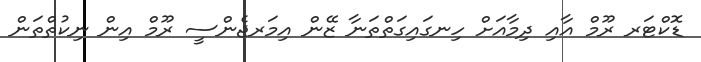
ޑޮކްޓަރ ރޫމް އާއި ދިމާއަށް ހިނގައިގަތްތަނާ ޒޭން އިމަރޖެންސީ ރޫމް އިން ނިކުތްތަން